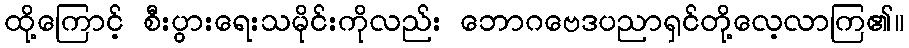
ထို့ကြောင့် စီးပွားရေးသမိုင်းကိုလည်း ဘောဂဗေဒပညာရှင်တို့လေ့လာကြ၏။